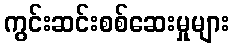
ကွင်းဆင်းစစ်ဆေးမှုများ